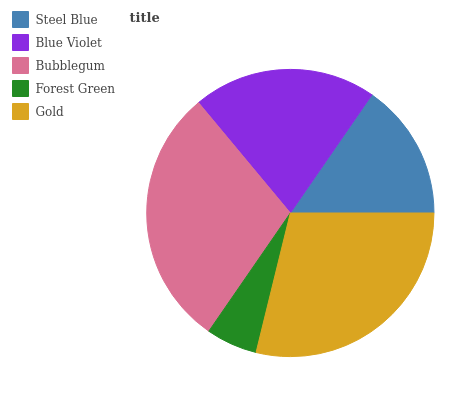
| Steel Blue | Blue Violet | Bubblegum | Forest Green | Gold |
 | --- | --- | --- | --- | --- |
 | 15.4% | 20.7% | 29.3% | 5.78% | 28.8% |